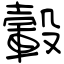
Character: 轂